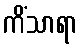
ကိံသာရာ